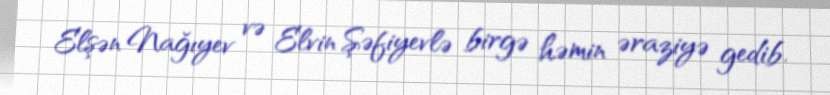
Elşən Nağıyev və Elvin Şəfiyevlə birgə həmin əraziyə gedib.